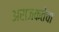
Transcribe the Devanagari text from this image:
अराजकतेचा